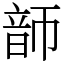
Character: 韴